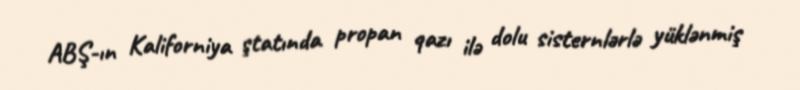
ABŞ-ın Kaliforniya ştatında propan qazı ilə dolu sisternlərlə yüklənmiş